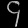
Digit: ၄